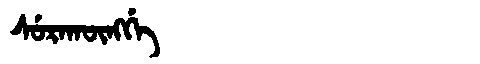
Manchu: ᠰᡠᡵᠠᡴᡡᠩᡤᡝ
Romanization: SURAKŪNGGE